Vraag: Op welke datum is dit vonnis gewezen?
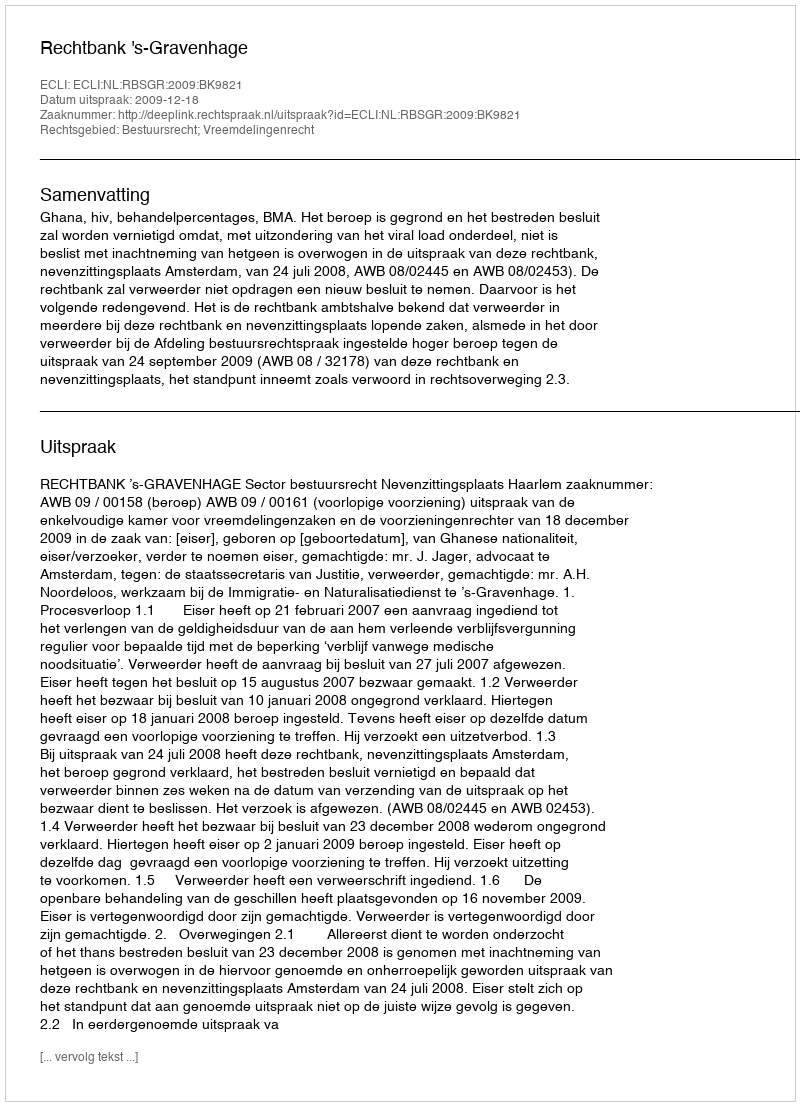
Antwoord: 2009-12-18